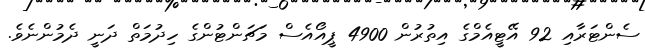
ސެންޓަރާއި 92 އޭޓީއެމްގެ އިތުރުން 4900 ޕީއޯއެސް މަޗަންޓުންގެ ހިދުމަތް ދަނީ ދެމުންނެވެ.